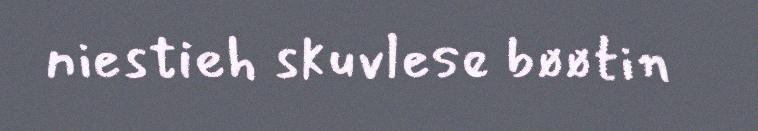
niestieh skuvlese bøøtin